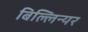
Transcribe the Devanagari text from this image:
बिल्लिन्यर